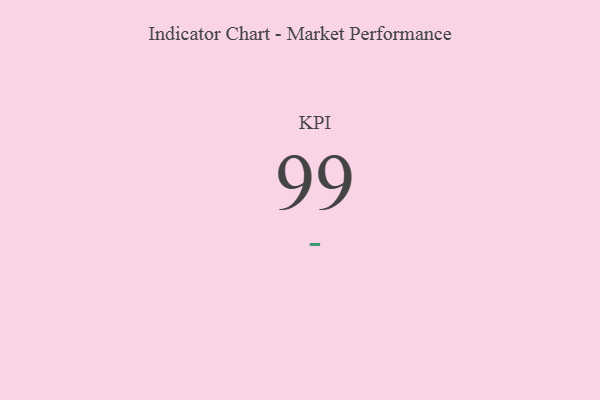
{"axis": {"x": "KPI", "y": "Value"}, "legend": [""], "data": [{"x": "KPI", "y": 99, "type": ""}]}